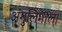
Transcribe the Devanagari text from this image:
अंगुलिमाल।